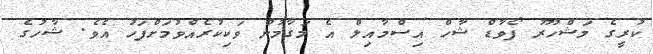
ކުރީގެ މަޝްހޫރު ފޯވާޑް ޝާހް އިސްމާއިލް އެ މަގާމުން ވަކިކުރެއްވުމަށްފަހު އެވެ. ޝާހުގެ